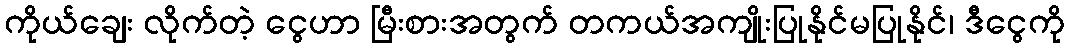
ကိုယ်ချေး လိုက်တဲ့ ငွေဟာ မြီးစားအတွက် တကယ်အကျိုးပြုနိုင်မပြုနိုင်၊ ဒီငွေကို